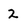
Character: 2